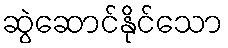
ဆွဲဆောင်နိုင်သော